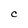
Character: C